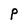
Character: P